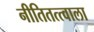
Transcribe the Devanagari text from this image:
नीतितत्त्वाला